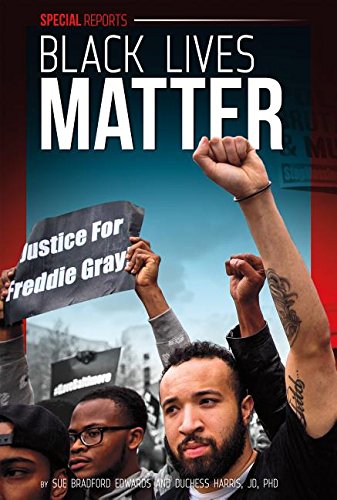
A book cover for Black Lives Matter (Special Reports); Sue Bradford Edwards; Teen & Young Adult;